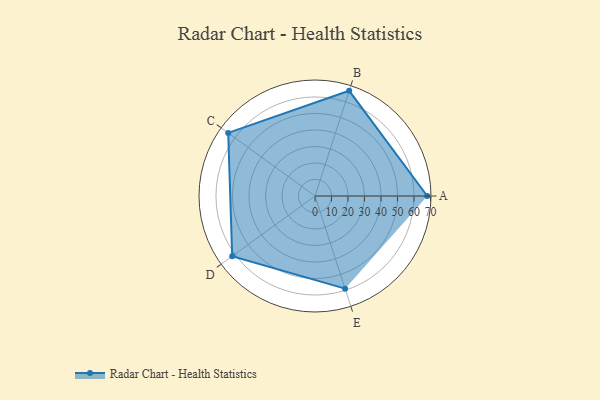
{"axis": {"x": "Skill", "y": "Score"}, "legend": ["Profile"], "data": [{"x": "A", "y": 68.0, "type": "Profile"}, {"x": "B", "y": 67.0, "type": "Profile"}, {"x": "C", "y": 65.0, "type": "Profile"}, {"x": "D", "y": 62.0, "type": "Profile"}, {"x": "E", "y": 59.0, "type": "Profile"}]}